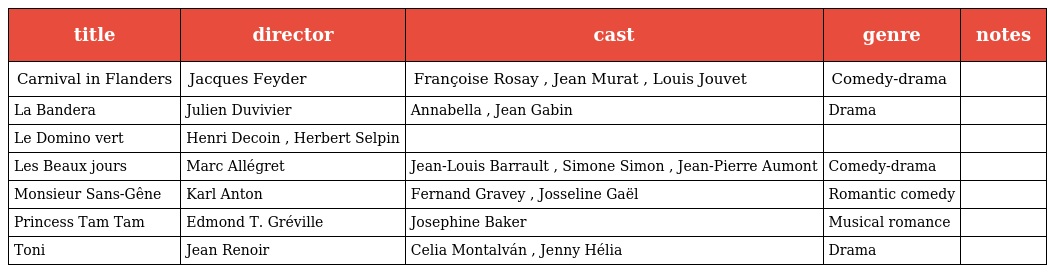
| title | director | cast | genre | notes |
 | --- | --- | --- | --- | --- |
 | Carnival in Flanders | Jacques Feyder | Françoise Rosay , Jean Murat , Louis Jouvet | Comedy-drama |  |
 | La Bandera | Julien Duvivier | Annabella , Jean Gabin | Drama |  |
 | Le Domino vert | Henri Decoin , Herbert Selpin |  |  |  |
 | Les Beaux jours | Marc Allégret | Jean-Louis Barrault , Simone Simon , Jean-Pierre Aumont | Comedy-drama |  |
 | Monsieur Sans-Gêne | Karl Anton | Fernand Gravey , Josseline Gaël | Romantic comedy |  |
 | Princess Tam Tam | Edmond T. Gréville | Josephine Baker | Musical romance |  |
 | Toni | Jean Renoir | Celia Montalván , Jenny Hélia | Drama |  |